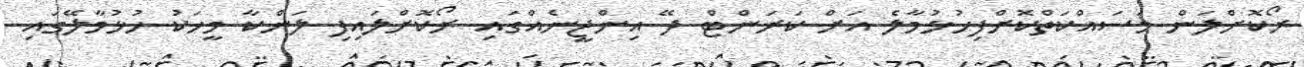
ރޯކޮށްލަން މަސައްކަތްކޮށްފިހުޅުމާލެ އަށް ކަރަންޓް ދޭ އިންޖީނެއްގައި ރޯކޮށްލައިިފި ލަންކާ މީހަކު ހުޅުމާލޭގައި